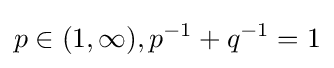
p\in (1,\infty ),p^{-1}+q^{-1}=1